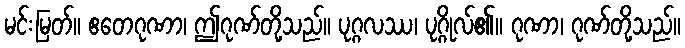
မင်းမြတ်။ ဧတေဂုဏာ၊ ဤဂုဏ်တို့သည်။ ပုဂ္ဂလဿ၊ ပုဂ္ဂိုလ်၏။ ဂုဏာ၊ ဂုဏ်တို့သည်။